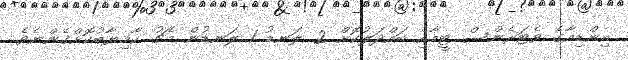
އިންޑިއާގެ ވެޓަރެންސް ޓީމާއި ބައްދަލުކޮށް 2 ލަނޑު 1 ލަނޑުން މެޗު ކާމިޔާބުކޮށްގެންނެވެ.